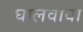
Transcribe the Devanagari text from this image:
घालवावा